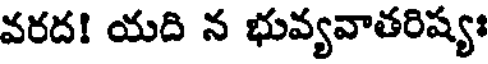
వరద! యది న భువ్యవాతరిష్యః